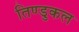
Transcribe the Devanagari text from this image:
तिण्डुकल